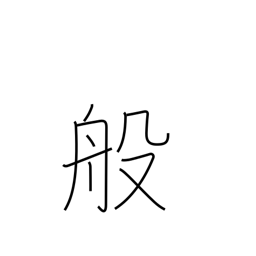
Meaning: carry